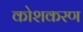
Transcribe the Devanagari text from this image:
कोशकरण